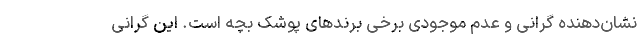
نشان‌دهنده گرانی و عدم موجودی برخی برندهای پوشک بچه است. این گرانی